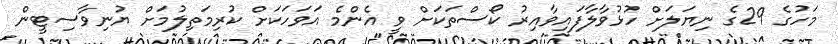
މަހުގެ 29ގެ ނިޔަލަށް ހުޅުވާލާފައިވާއިރު ކޯސްތަކަށް ވީ އެންމެ އަވަހަކަށް ކުރިމަތިލުމަށް ޔުނިވާސިޓީން